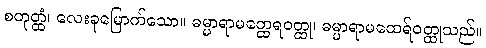
စတုတ္ထံ၊ လေးခုမြောက်သော။ ဓမ္မာရာမတ္ထေရဝတ္ထု၊ ဓမ္မာရာမထေရ်ဝတ္ထုသည်။